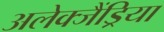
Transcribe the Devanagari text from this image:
अलेक्जैंड्रिया